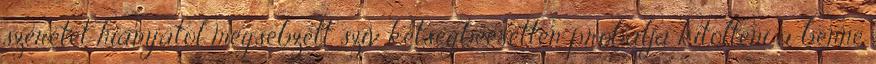
szeretet hiányától megsebzett szív kétségbeesetten próbálja kitölteni a benne